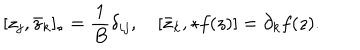
LaTeX: [ z _ { j } , \bar { z } _ { k } ] _ { \star } = \frac { 1 } { B } \delta _ { i j } , \quad [ \bar { z } _ { k } , \star f ( z ) ] = \partial _ { k } f ( z ) .